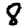
Digit: 8